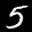
Label: 5